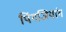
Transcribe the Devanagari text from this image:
पिंगजियांग